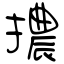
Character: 擃